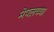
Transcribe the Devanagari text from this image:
मेपलच्या